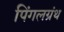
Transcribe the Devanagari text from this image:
पिंगलग्रंथ